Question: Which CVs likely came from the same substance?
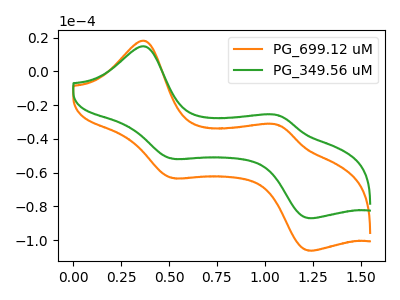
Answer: <think>The orange curve "PG_699.12 uM" has anodic peaks at (0.35V, 18.10uA) (1.05V, -31.90uA) and cathodic peaks at (0.50V, -63.20uA) (1.25V, -106.20uA). The green curve "PG_349.56 uM" has anodic peaks at (0.35V, 14.80uA) (1.05V, -26.10uA) and cathodic peaks at (0.50V, -51.75uA) (1.25V, -87.00uA).
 All the peaks in "PG_699.12 uM" have a peak in "PG_349.56 uM" at the same potential.</think>
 <answer>"PG_349.56 uM" and "PG_699.12 uM" have the same shape and are likely CV's of the same chemical.</answer>
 <eval>"PG_349.56 uM" "PG_699.12 uM"</eval>